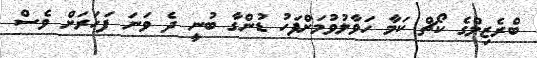
ބްރެޒިލްގެ ކޯޗް ކަމާ ހަވާލުވުމަށްފަހު ޑުންގާ ބުނީ ދެ ވަނަ ފަހަރަށް ވެސް